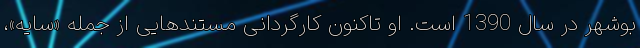
بوشهر در سال 1390 است. او تاکنون کارگردانی مستندهایی از جمله «سایه»،